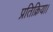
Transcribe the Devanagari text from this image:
प्रतिक्रिया।